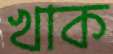
খাক